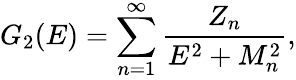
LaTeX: G_{2}(E)=\sum_{n=1}^{\infty}{\frac{Z_{n}}{E^{2}+M_{n}^{2}}},